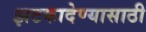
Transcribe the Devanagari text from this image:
झटकादेण्यासाठी